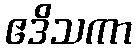
ဧဒိသကာ